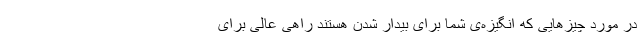
در مورد چیز‌هایی که انگیزه‌ی شما برای بیدار شدن هستند راهی عالی برای